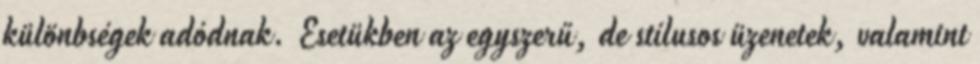
különbségek adódnak. Esetükben az egyszerű, de stílusos üzenetek, valamint